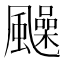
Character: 𩙈